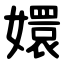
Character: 嬛